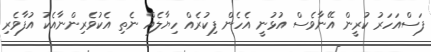
ފަސްއަހަރު ކުރީން އޭނާވެސް އުޅުނީ އެހެން ފިކުރެއް ހިޔާލެއް ނެތި އެކުވެރިންނާއެކު އުފާވެރި